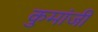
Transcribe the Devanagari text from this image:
कुमांजी